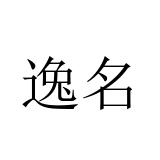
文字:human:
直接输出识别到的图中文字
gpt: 逸名